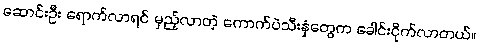
ဆောင်းဦး ရောက်လာရင် မှည့်လာတဲ့ ကောက်ပဲသီးနှံတွေက ခေါင်းငိုက်လာတယ်။